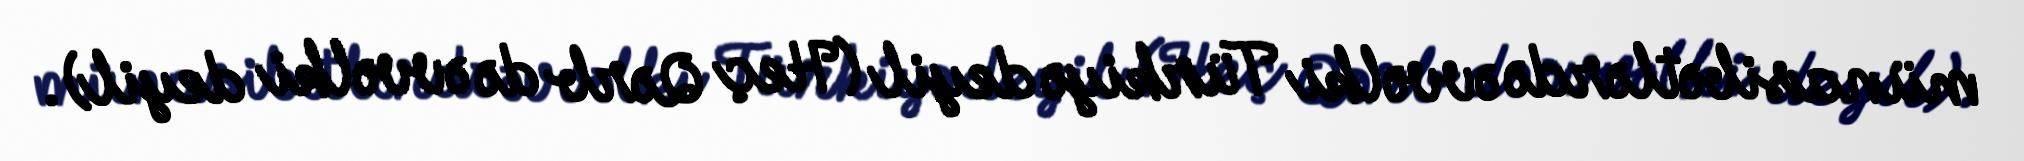
münasibətlərdə əvvəlki Türkiyə deyil (Heç Qərb də əvvəlki deyil).